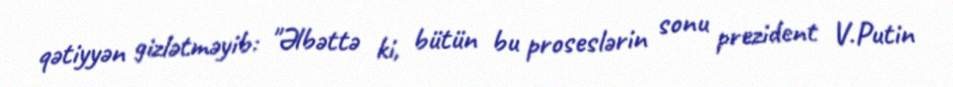
qətiyyən gizlətməyib: "Əlbəttə ki, bütün bu proseslərin sonu prezident V.Putin